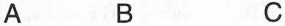
A B C